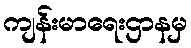
ကျန်းမာရေးဌာနမှ